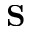
\textbf { S }